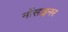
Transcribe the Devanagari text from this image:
मोंसाइनर